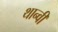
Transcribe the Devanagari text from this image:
थान्वी